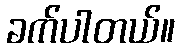
ခက်ပါတယ်။